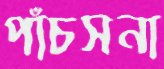
পাঁচসনা